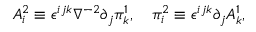
A _ { i } ^ { 2 } \equiv \epsilon ^ { i j k } \nabla ^ { - 2 } \partial _ { j } \pi _ { k } ^ { 1 } , \quad \pi _ { i } ^ { 2 } \equiv \epsilon ^ { i j k } \partial _ { j } A _ { k } ^ { 1 } ,